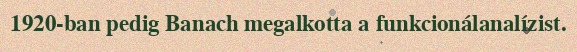
1920-ban pedig Banach megalkotta a funkcionálanalízist.